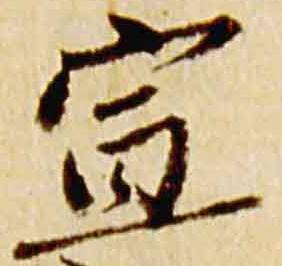
宣